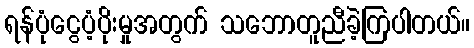
ရန်ပုံငွေပံ့ပိုးမှုအတွက် သဘောတူညီခဲ့ကြပါတယ်။